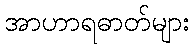
အာဟာရဓာတ်များ